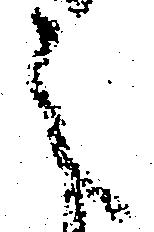
之